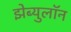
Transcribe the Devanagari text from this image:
झेब्युलॉन